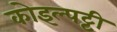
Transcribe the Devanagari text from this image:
कोइल्पट्टी